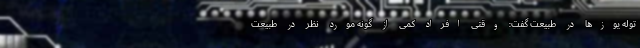
توله یوزها در طبیعت گفت: وقتی افراد کمی از گونه مورد نظر در طبیعت